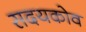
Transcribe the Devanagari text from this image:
सदयकोव